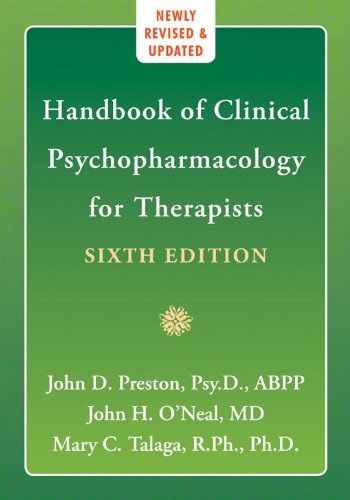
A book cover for Handbook of Clinical Psychopharmacology for Therapists; John O'Neal; Medical Books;